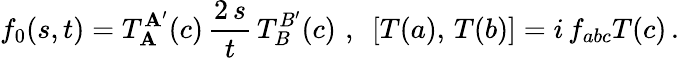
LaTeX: f_{0}(s,t)=T_{\mathbf{A}}^{\mathbf{A}^{\prime}}(c)\, \frac{{2\, s}}{{t}}\, T_{B}^{B^{\prime}}(c)\, \, ,\, \, \, [T(a),\, T(b)]=i\, f_{abc}T(c)\, .